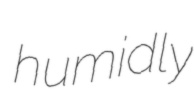
humidly